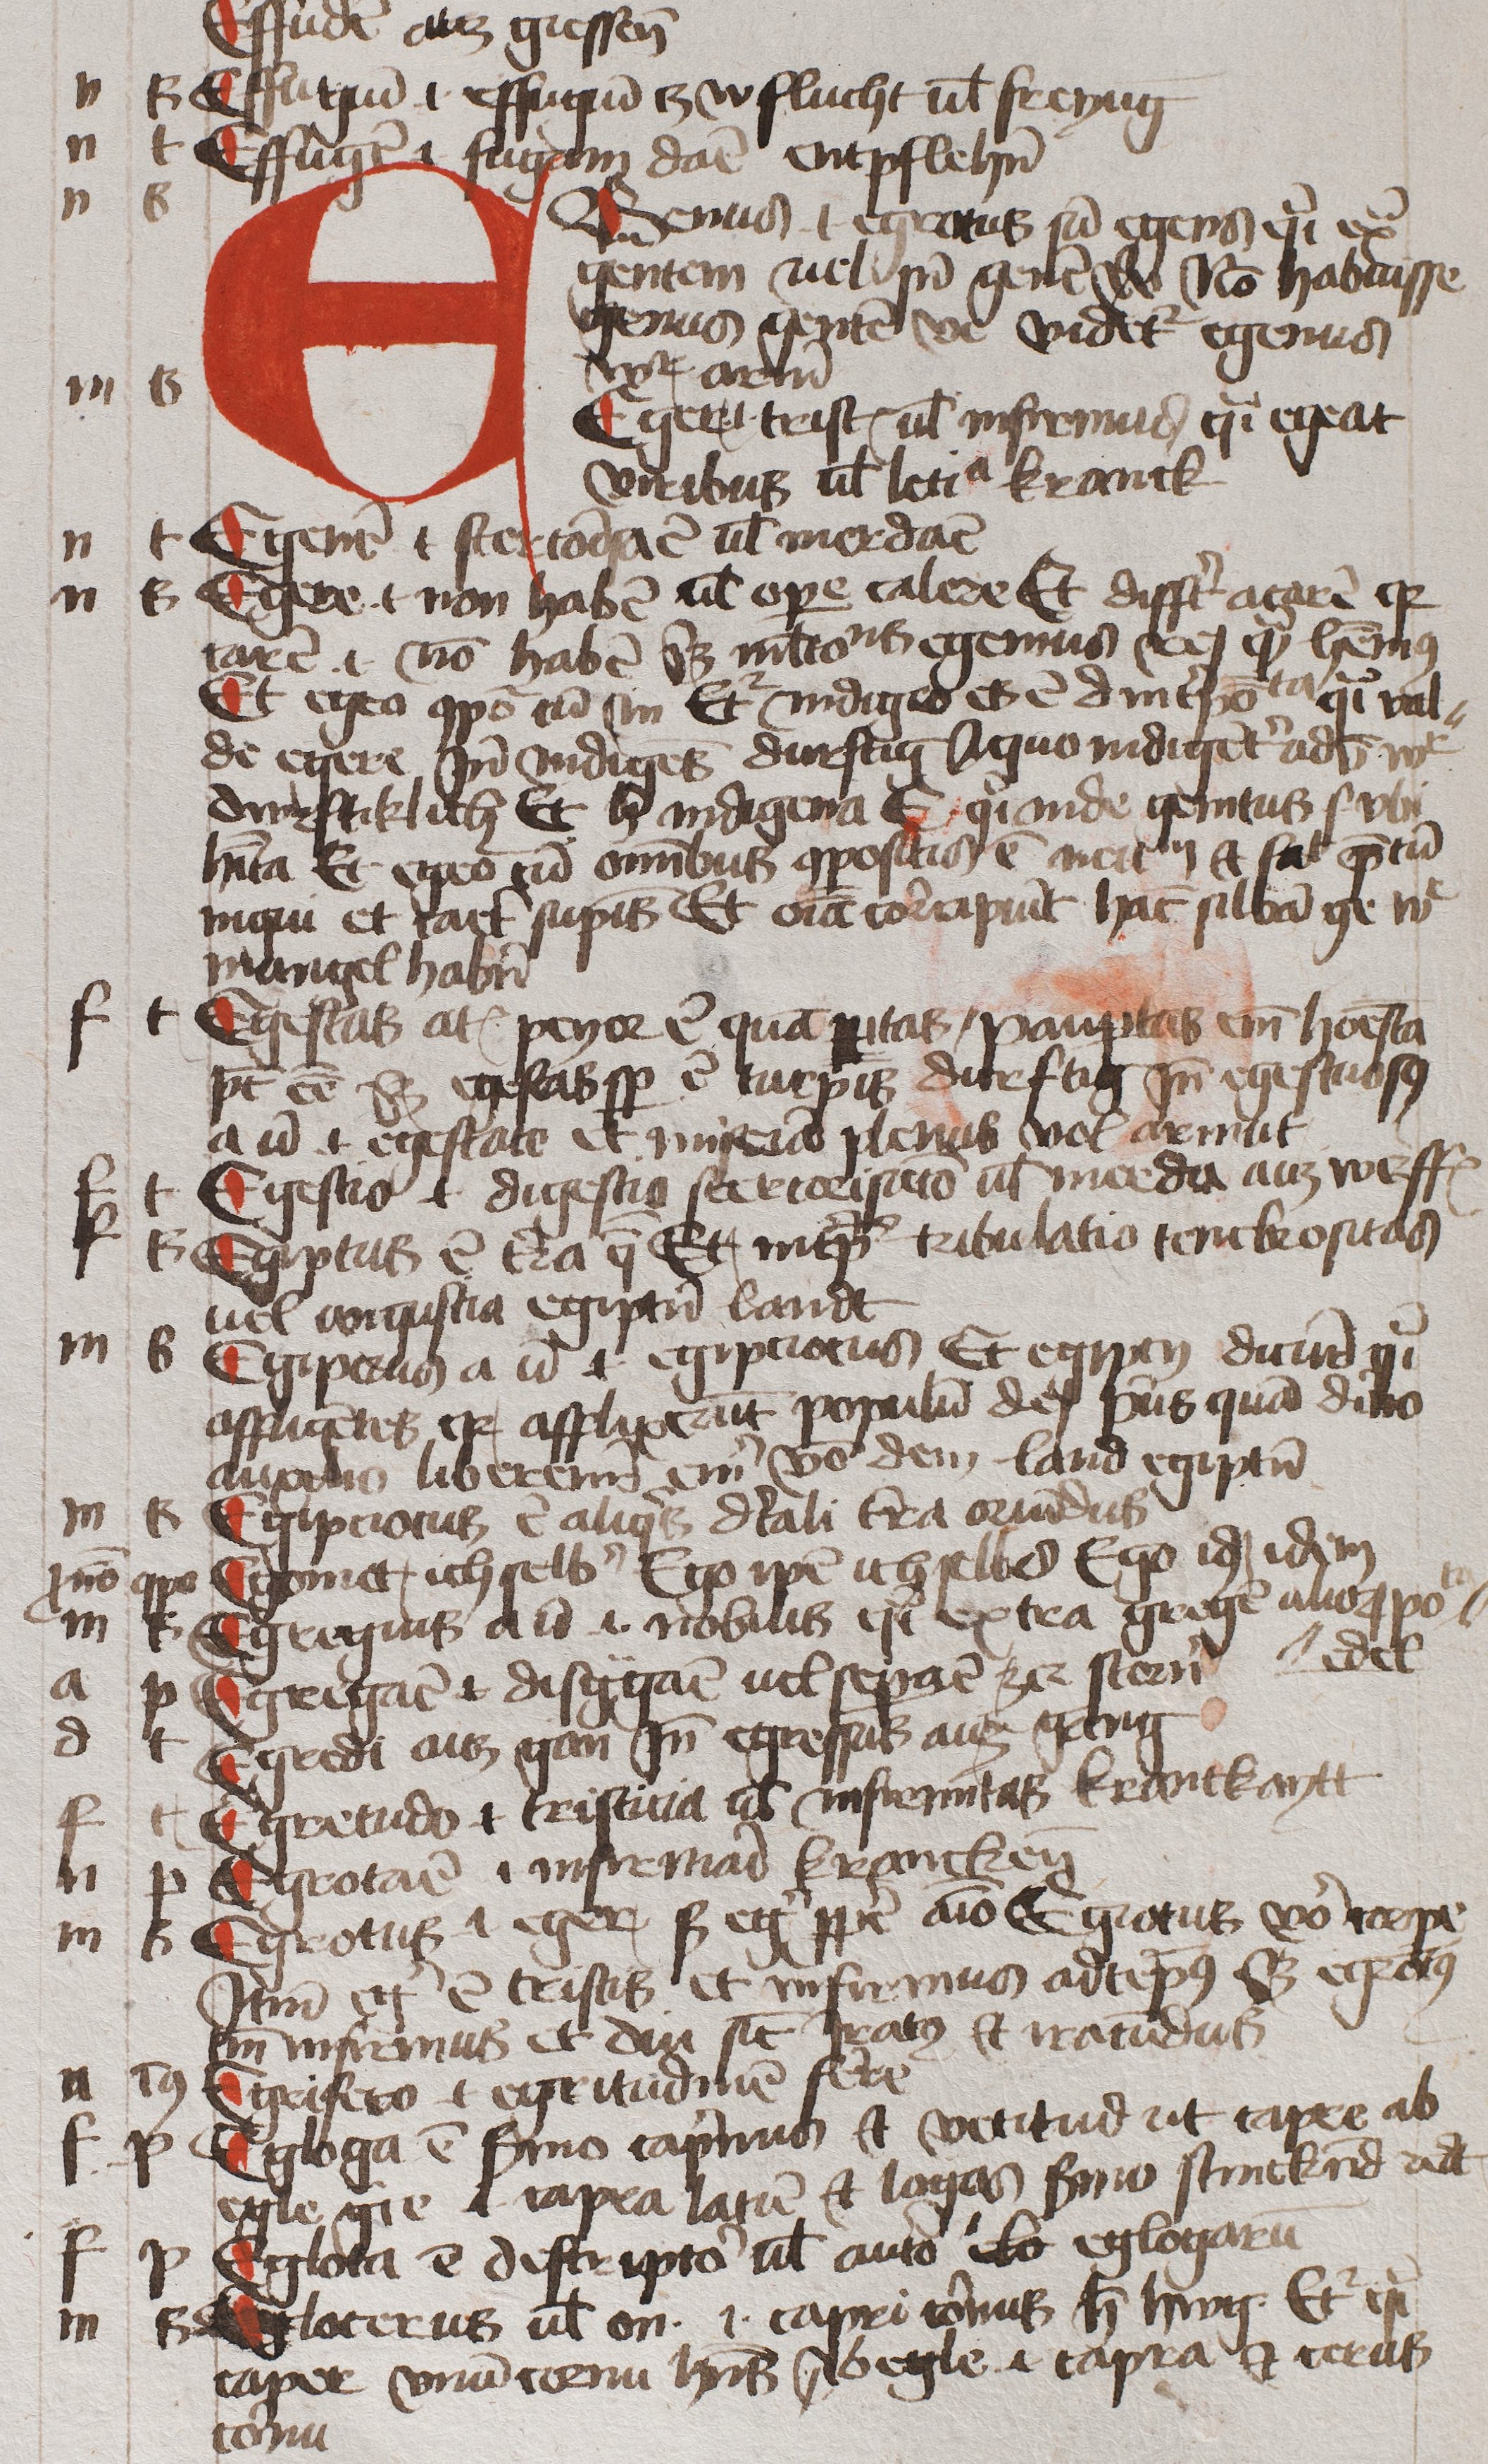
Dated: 1450–1474